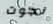
نجوت